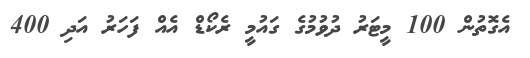
އެގޮތުން 100 މީޓަރު ދުވުމުގެ ގައުމީ ރެކޯޑް އެއް ފަހަރު އަދި 400